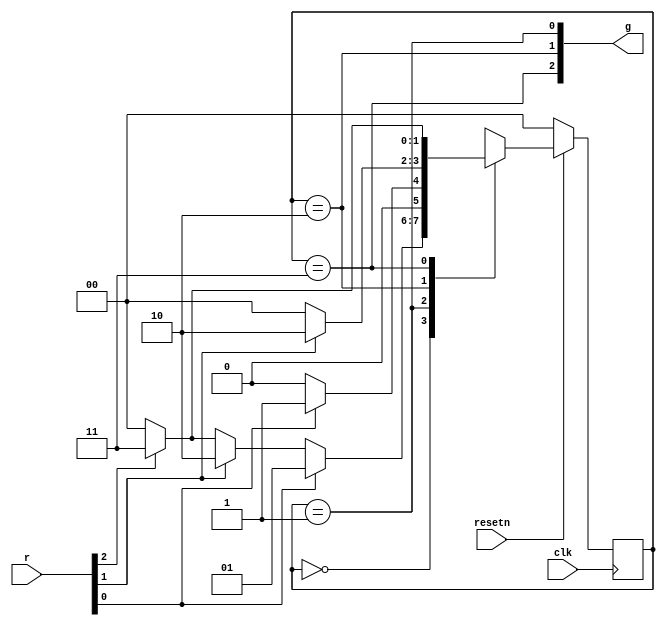
module top_module (
    input clk,
    input resetn,    // active-low synchronous reset
    input [3:1] r,   // request
    output [3:1] g   // grant
); 

    parameter A = 2'd0;
    parameter B = 2'd1;
    parameter C = 2'd2;
    parameter D = 2'd3;

    reg [1:0] next_state, currunt_state;

    always @(posedge clk) begin
        if(!resetn) begin
            currunt_state <= A;
        end else begin
            currunt_state <= next_state;
        end
    end

    always @(*) begin
        case (currunt_state)
            A: begin
                if(r[1] == 1) begin
                    next_state = B;
                end else begin
                    if(r[2] == 1) begin
                        next_state = C;
                    end else begin
                        if(r[3] == 1) begin
                            next_state = D;
                        end else begin
                            next_state = A;
                        end
                    end
                end
            end

            B: next_state = r[1]?B:A;
            C: next_state = r[2]?C:A;
            D: next_state = r[3]?D:A;
        endcase
    end

    assign g[1] = (currunt_state == B);
    assign g[2] = (currunt_state == C);
    assign g[3] = (currunt_state == D);

endmodule